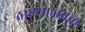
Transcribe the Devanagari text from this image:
ठाण्याजवळ